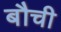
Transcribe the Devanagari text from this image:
बौची